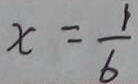
x = \frac { 1 } { 6 }